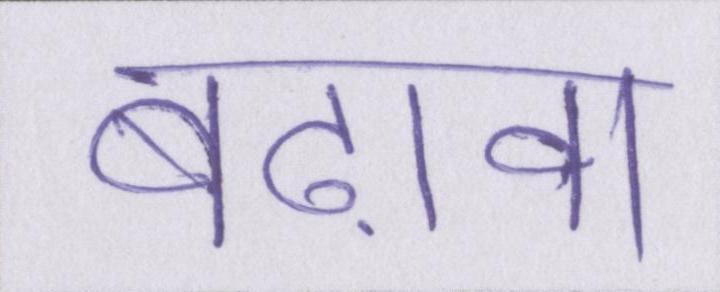
बढ़ावा